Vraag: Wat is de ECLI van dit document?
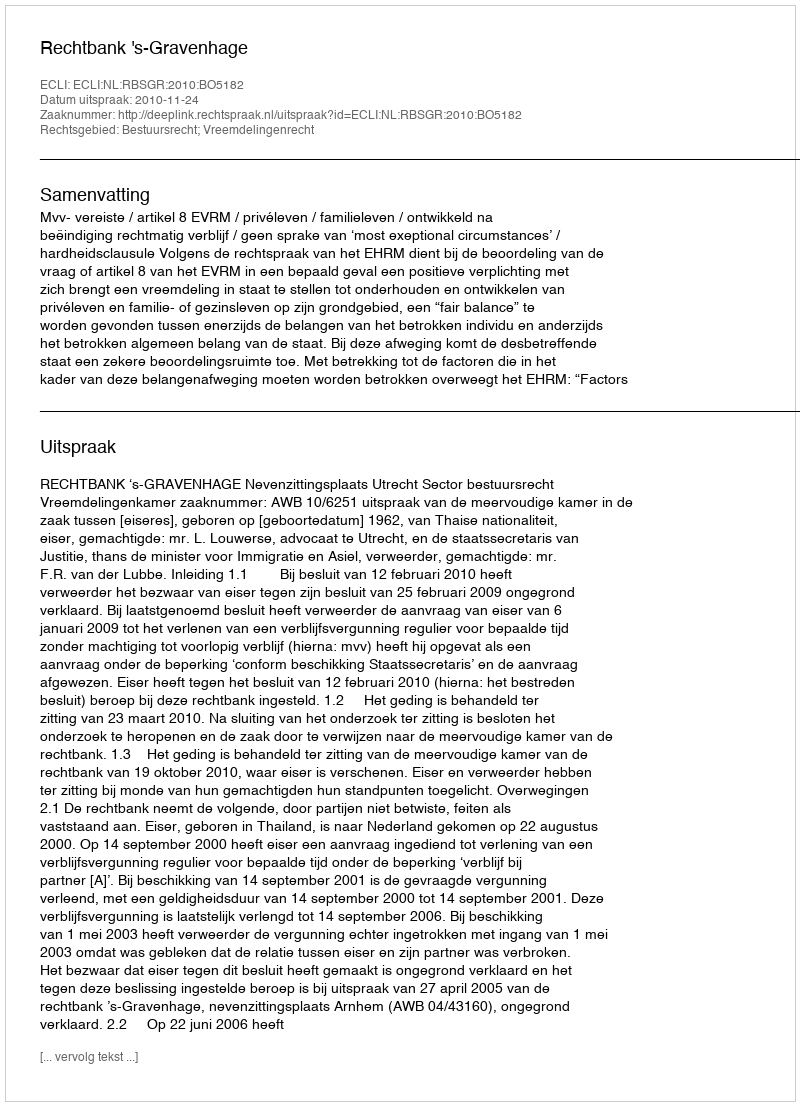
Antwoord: ECLI:NL:RBSGR:2010:BO5182